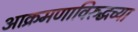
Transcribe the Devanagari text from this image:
आक्रमणाविरुद्धच्या